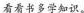
看看书多学知识。